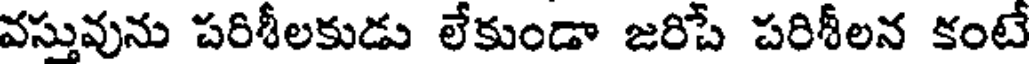
వస్తువును పరిశీలకుడు లేకుండా జరిపే పరిశీలన కంటే